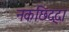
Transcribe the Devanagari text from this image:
नकछिद्दा